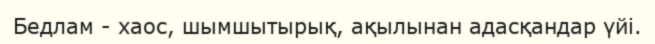
Бедлам - хаос, шымшытырық, ақылынан адасқандар үйі.